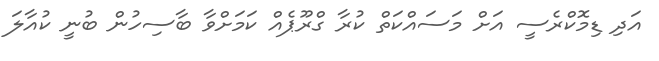
އަދި ޑިމޮކްރެސީ އަށް މަސައްކަތް ކުރާ ގްރޫޕެއް ކަމަށްވާ ބާސިހުން ބުނީ ކުއާލަ